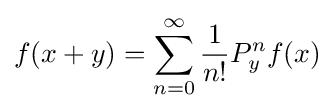
f(x+y)=\sum _{n=0}^{\infty }{1 \over n!}P_{y}^{n}f(x)